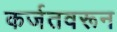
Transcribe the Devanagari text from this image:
कर्जतवरून